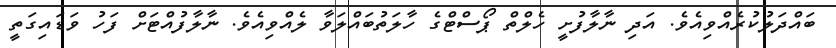
ބައްދަލުކުރެއްވިއެވެ. އަދި ނާލާފުށީ ހެލްތް ޕޯސްޓްގެ ހާލަތުބައްލަވާ ލެއްވިއެވެ. ނާލާފުއްޓަށް ފަހު ވަޑައިގަތީ